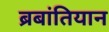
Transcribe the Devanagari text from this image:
ब्रबांतियान